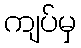
ကျပ်မှ